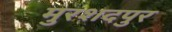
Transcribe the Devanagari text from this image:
मुरशदपुर